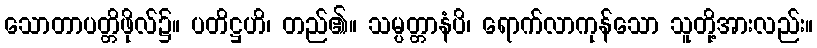
သောတာပတ္တိဖိုလ်၌။ ပတိဋ္ဌဟိ၊ တည်၏။ သမ္ပတ္တာနံပိ၊ ရောက်လာကုန်သော သူတို့အားလည်း။